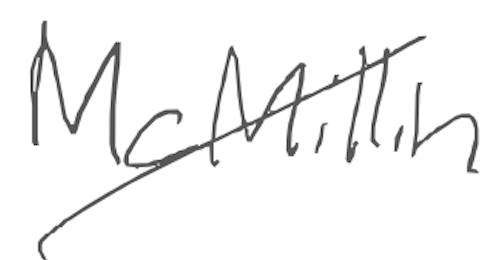
Text: McMillin
Cross-out: diagonal
Writing tool: digital_gray